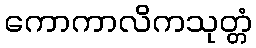
ကောကာလိကသုတ္တံ